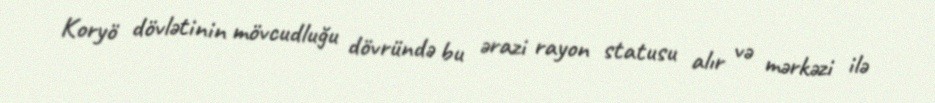
Koryö dövlətinin mövcudluğu dövründə bu ərazi rayon statusu alır və mərkəzi ilə